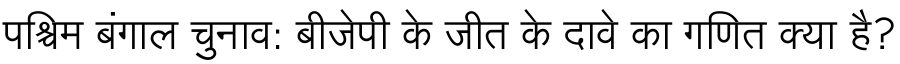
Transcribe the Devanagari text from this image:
पश्चिम बंगाल चुनाव: बीजेपी के जीत के दावे का गणित क्या है?